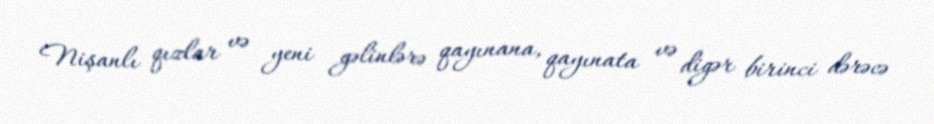
Nişanlı qızlar və yeni gəlinlərə qayınana, qayınata və digər birinci dərəcə